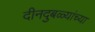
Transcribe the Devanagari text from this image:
दीनदुबळ्यांच्या